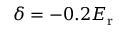
\delta = - 0 . 2 E _ { \mathrm { { r } } }